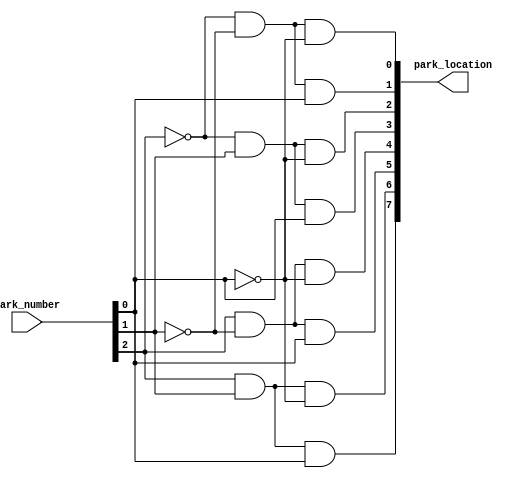
/*--  *******************************************************
--  Computer Architecture Course, Laboratory Sources 
--  Amirkabir University of Technology (Tehran Polytechnic)
--  Department of Computer Engineering (CE-AUT)
--  https://ce[dot]aut[dot]ac[dot]ir
--  *******************************************************
--  All Rights reserved (C) 2021-2022
--  *******************************************************
--  Student ID  : 
--  Student Name: 
--  Student Mail: 
--  *******************************************************
--  Additional Comments:
--
--*/

/*-----------------------------------------------------------
---  Module Name: exit_parking_lot
-----------------------------------------------------------*/
`timescale 1 ns/1 ns
module exit_parking_lot(
 park_number,
 park_location);
		input [2:0] park_number;
		output [7:0] park_location;
		
		assign
			park_location[0] = (~park_number[2]) & (~park_number[1]) & (~park_number[0]),
			park_location[1] = (~park_number[2]) & (~park_number[1]) & (park_number[0]),
			park_location[2] = (~park_number[2]) & (park_number[1]) & (~park_number[0]),
			park_location[3] = (~park_number[2]) & (park_number[1]) & (park_number[0]),
			park_location[4] = (park_number[2]) & (~park_number[1]) & (~park_number[0]),
			park_location[5] = (park_number[2]) & (~park_number[1]) & (park_number[0]),
			park_location[6] = (park_number[2]) & (park_number[1]) & (~park_number[0]),
			park_location[7] = (park_number[2]) & (park_number[1]) & (park_number[0]);

 // write your code here, please.
endmodule